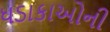
ધડાકાઓની